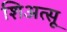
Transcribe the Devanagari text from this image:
शिअत्सू